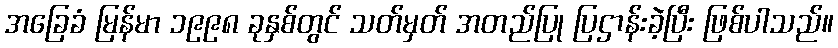
အခြေခံ မြန်မာ ၁၉၉၈ ခုနှစ်တွင် သတ်မှတ် အတည်ပြု ပြဌာန်းခဲ့ပြီး ဖြစ်ပါသည်။